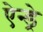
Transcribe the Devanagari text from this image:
ऐन्ड्रे